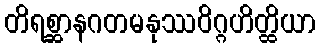
တိရစ္ဆာနဂတမနုဿဝိဂ္ဂဟိတ္ထိယာ